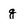
Character: g